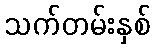
သက်တမ်းနှစ်